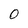
Character: 0